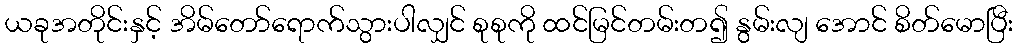
ယခုအတိုင်းနှင့် အိမ်တော်ရောက်သွားပါလျှင် စုစုကို ထင်မြင်တမ်းတ၍ နွမ်းလျ အောင် စိတ်မောပြီး